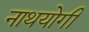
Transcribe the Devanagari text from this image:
नाथयोगी